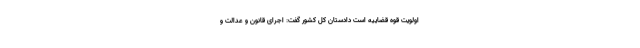
اولویت قوه قضاییه است دادستان کل کشور گفت: اجرای قانون و عدالت و